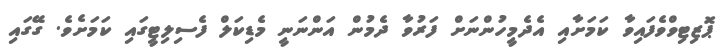
ޕޮޒިޓިވްވެފައިވާ ކަމަށާއި އެދެމީހުންނަށް ފަރުވާ ދެމުން އަންނަނީ މެޑިކަލް ފެސިލިޓީގައި ކަމަށެވެ. ގޭގައި